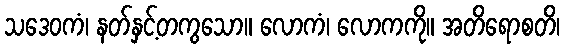
သဒေဝကံ၊ နတ်နှင့်တကွသော။ လောကံ၊ လောကကို။ အတိရောစတိ၊